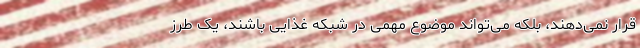
قرار نمی‌دهند، بلکه می‌تواند موضوع مهمی در شبکه غذایی باشند، یک طرز